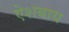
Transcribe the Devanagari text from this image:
ऐशबाय